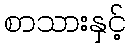
စာသားနှင့်